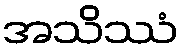
အသိဿံ